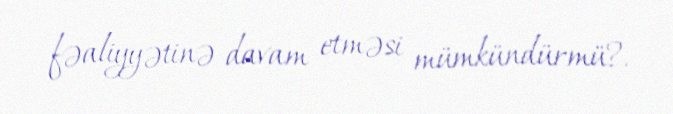
fəaliyyətinə davam etməsi mümkündürmü?.